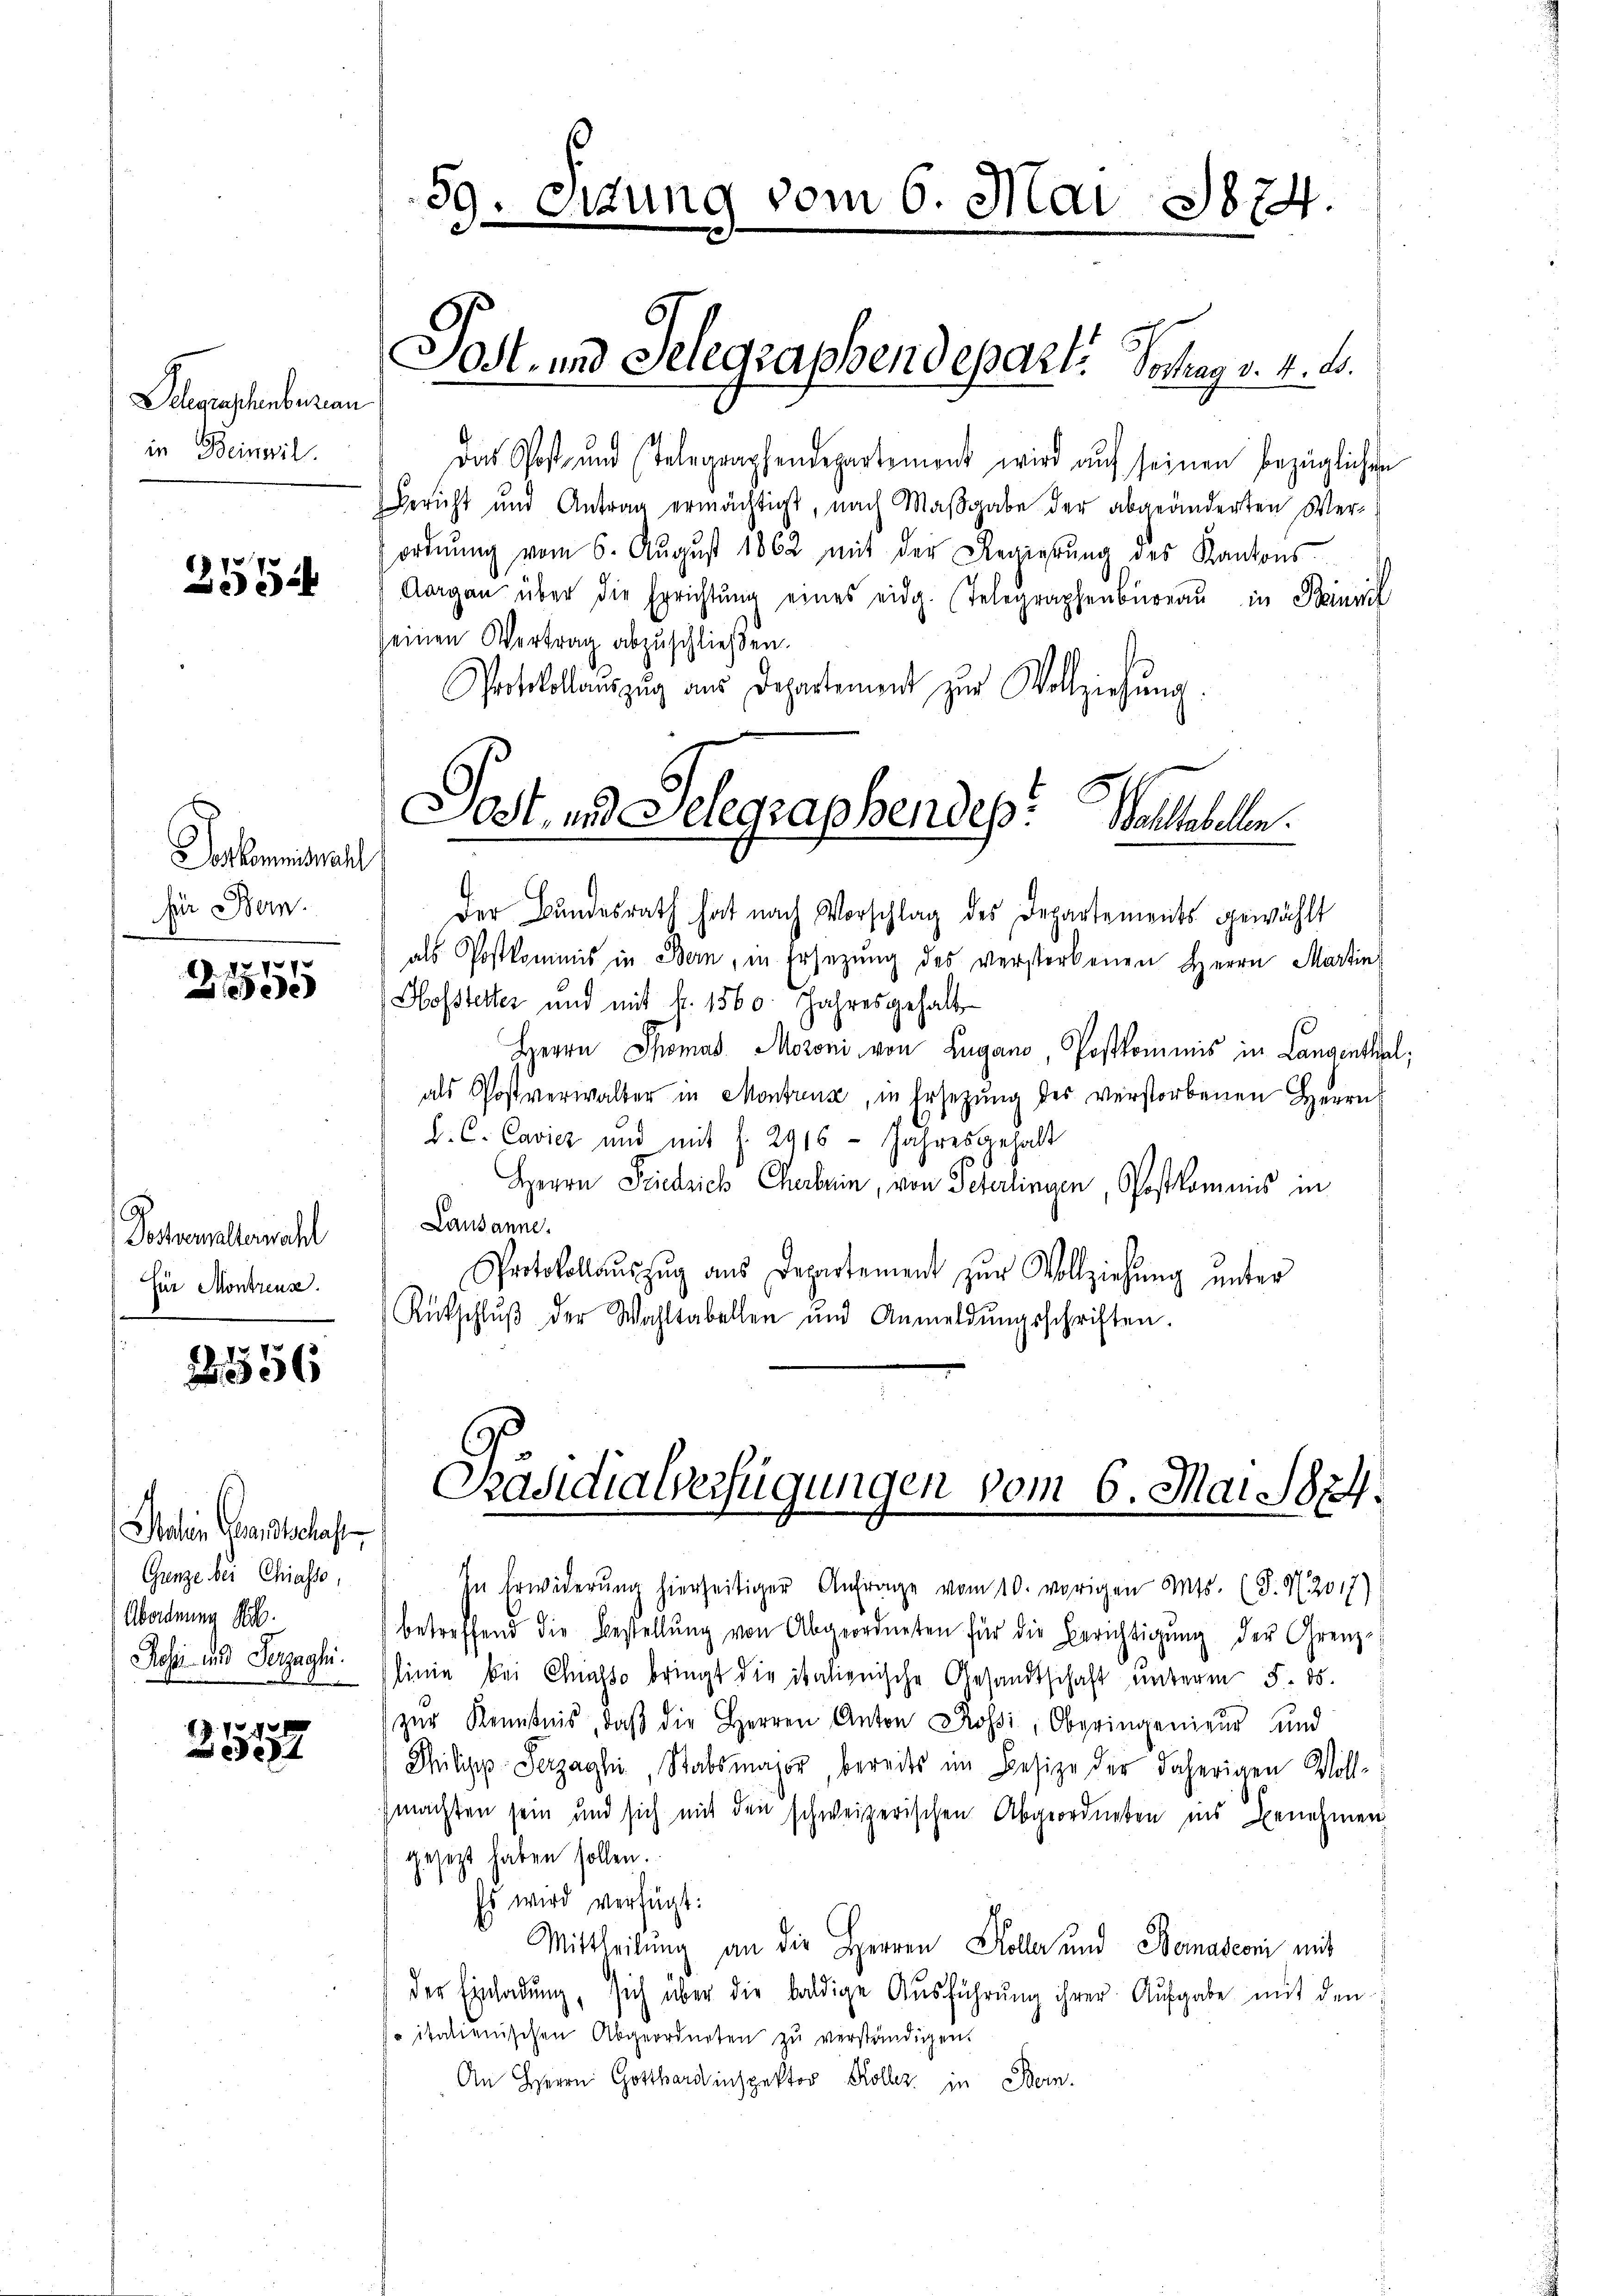
Delegenschenberau
in Beineril.

2554

Vorkommiswahl
für Bern.

d. d.
5

Postempellemahl
Für Montreuse.

2856

Salein Grandschaf
Ganze bei Chiasso,
Abordnung
Rose und Herzaghi.

e

39. Sitzung vom 6. Mai 1874.

Das Post- und Telegraphendepartement wird auf seinen bezüglichen
Bericht und Antrag ermächtigt, nach Maβgabe der abgeänderten Ver-
ordnŭng vom 6. Aŭgŭst 1862 mit der Regierŭng des Kantons
Aargau über die Errichtŭng eines eidg. Telegraphenbüreaŭ in Sinnl
seinen Vertrag abzuschließen.
Protokollauszug aus Departement zur Vollziehung.
Der Bundesrath hat nach Vorschlag des Departements gewählt
als Postkommis in Bern, in Ersetzung des verstorbenen Herrn Martin
Hofstetter und mit k. 1560. Jahresgehalt
Herrn Thomas Moroni von Lugano, Postkommnis in Langenthal,
als Postverwalter in Montreuse, in Ersezung des verstorbenen Herrn
C. C. Cavicz und mit s. 2916 Jahresgehalt
Herrn Friedrich Cherbrin, von Peterlingen, Postkommis in
Lausanne.
Protokollaŭszŭg aŭs Departement zŭr Vollziehŭng unter
Rütschlŭβ der Wohltabellen und Anmeldŭngsschriften.

Jost, und Seegraphendepart. Sochag v. 4. d.

Sost, und Selegraphendes: Wohltabellen.

Präsidialverfügungen vom 6. Mai 1884.

In Erwiderŭng hierseitiger Anfrage vom 10. vorigen Mts. (T. N. 2017)
betreffend die Bestellŭng von Abgeordneten für die Berichtigŭng der Grenz-
linie bei Chiasso bringt die italienische Gesandtschaft unterm 5. 85.
zur Kenntnis, daß die Herren Anton Rossi, Oberingenieur und
Mhilipp-Serzaghi, Stabsmajor, bereits im Besize der daherigen Voll-
machten sein und sich mit den schweizerischen Abgeordneten ins Benehmen
gesezt haben sollen.
Es wird verfügt:
Mittheilung an die Herren Kolle und Bernasconi mit
der Einladŭng, sich über die baldige Aŭsführŭng ihrer Aufgabe mit den
 italienischen Abgeordneten zu verständigen.
An Herrn Gotthardinspektor Koller, in Bern.